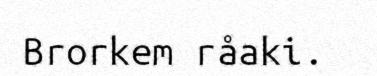
Brorkem råaki.